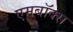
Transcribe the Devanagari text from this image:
एमबॉक्स